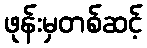
ဖုန်းမှတစ်ဆင့်